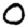
Digit: 0